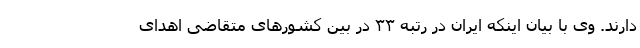
دارند. وی با بیان اینکه ایران در رتبه ۳۳ در بین کشورهای متقاضی اهدای